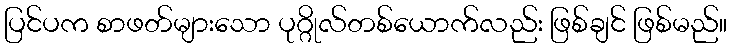
ပြင်ပက စာဖတ်များသော ပုဂ္ဂိုလ်တစ်ယောက်လည်း ဖြစ်ချင် ဖြစ်မည်။